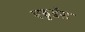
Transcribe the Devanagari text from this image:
एड्वर्डस